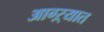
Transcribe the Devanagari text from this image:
आग्ऱ्यात